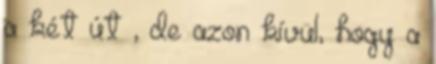
a két út , de azon kívül, hogy a